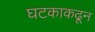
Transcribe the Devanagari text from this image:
घटकाकढून